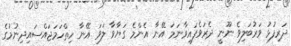
ދަރިފުޅު ވަރުބަލިވެ ނޫނީ ދެރަވެފައިވާނަމަ އޭނާ އެންމެ ގަޔާވާ ލަވަ އޭނާ ހިތްހަމަޖައްސައިދިނުމުގެ